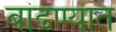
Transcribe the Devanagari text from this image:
बांढण्यात